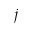
j